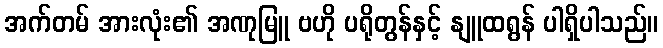
အက်တမ် အားလုံး၏ အဏုမြူ ဗဟို ပရိုတွန်နှင့် နျူထရွန် ပါရှိပါသည်။